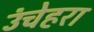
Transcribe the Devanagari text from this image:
उंचेहरा